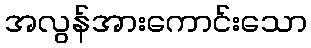
အလွန်အားကောင်းသော